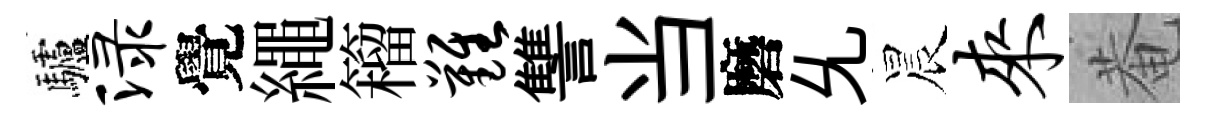
驢渌覺繩籕难讐当磨𠃔晨来菴